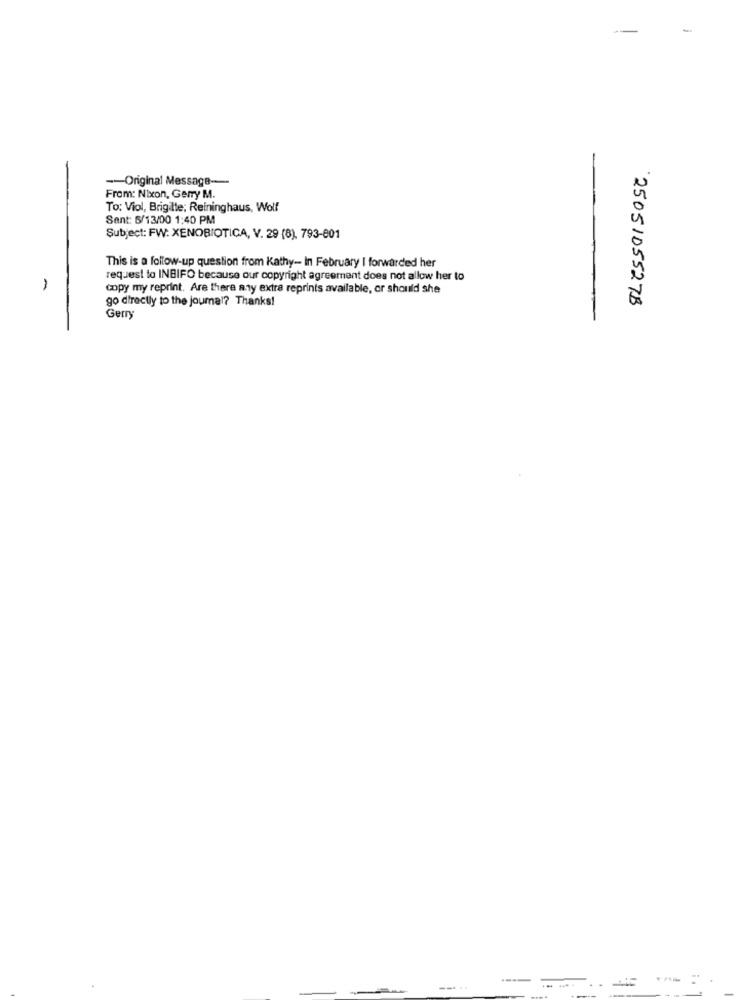
-
-- Original Message --
From: Nixon, Gerry M.
To: Viol, Brigitte; Reininghaus, Wolf
Sent: 6/13/00 1:40 PM
Subject: FW: XENOBIOTICA, V. 29 (8), 793-801
This is a follow-up question from Kathy- In February I forwarded her
request to INBIFO because our copyright agreement does not allow her to
1
copy my reprint. Are there any extra reprints available, or should she
go directly to the journal? Thanks!
25051055278
Gerry
... .
--...